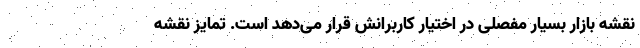
نقشه بازار بسیار مفصلی در اختیار کاربرانش قرار می‌دهد است. تمایز نقشه